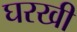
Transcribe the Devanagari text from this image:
घरखी